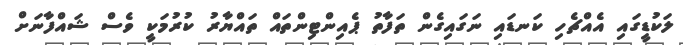
ލަކުޑީގައި އެއްޗެހި ކަނޑައި ނަގައިގެން ތަފާތު ޕެއިންޓިންތައް ތައްޔާރު ކުރުމަކީ ވެސް ޝައްފާނަށް